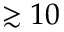
\gtrsim 1 0